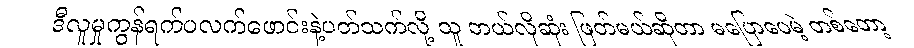
ဒီလူမှုကွန်ရက်ပလက်ဖောင်းနဲ့ပတ်သက်လို့ သူ ဘယ်လိုဆုံး ဖြတ်မယ်ဆိုတာ မပြောပေမဲ့ တစ်တော့